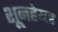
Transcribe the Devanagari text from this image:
शूनहेयर